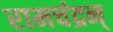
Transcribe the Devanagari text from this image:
रामचंद्रन्‌